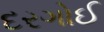
દરગોઈ